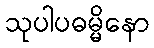
သုပါပဓမ္မိနော